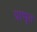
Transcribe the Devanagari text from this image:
प्राभृत